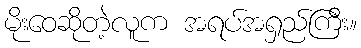
မိုးဝေဆိုတဲ့လူက အရပ်အရှည်ကြီး။